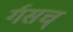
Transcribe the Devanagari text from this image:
र्गसच्